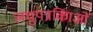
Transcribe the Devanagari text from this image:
लघुपत्रकिाओं